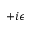
+ i \epsilon